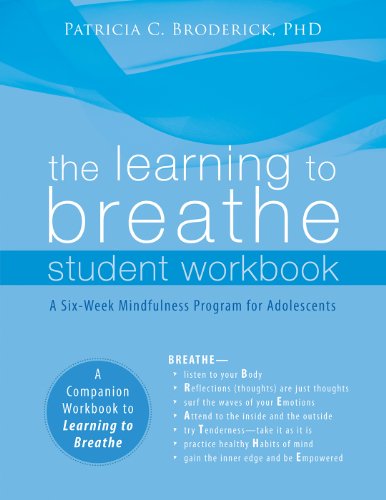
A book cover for The Learning to Breathe Student Workbook: A Six-Week Mindfulness Program for Adolescents; Patricia C. Broderick PhD; Medical Books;